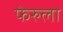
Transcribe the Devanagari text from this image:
फेरुला